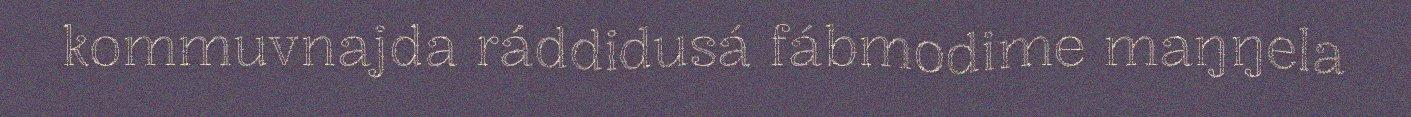
kommuvnajda ráddidusá fábmodime maŋŋela